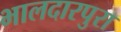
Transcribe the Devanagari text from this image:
भालदारपुरा